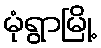
မုံရွာမြို့